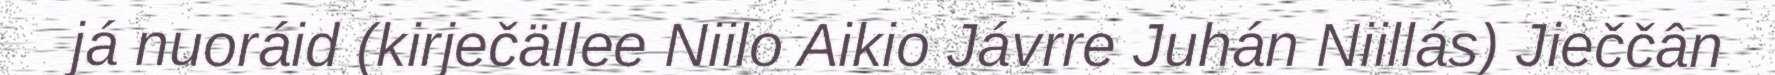
já nuoráid (kirječällee Niilo Aikio Jávrre Juhán Niillás) Jieččân